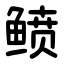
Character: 鲼